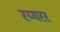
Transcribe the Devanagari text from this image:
रय्यरर